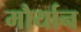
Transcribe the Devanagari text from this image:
मौर्यान